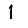
Digit: 1